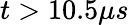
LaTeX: t>10.5\mu s